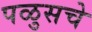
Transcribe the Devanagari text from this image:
पळुसचे